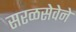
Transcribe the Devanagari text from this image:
सरळसेवेने